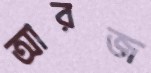
আরজ